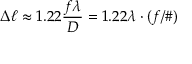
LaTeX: \Delta \ell \approx 1 . 2 2 { \frac { f \lambda } { D } } = 1 . 2 2 \lambda \cdot ( f / \# )